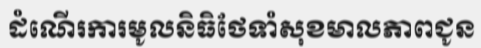
ដំណើរការមូលនិធិថែទាំសុខមាលភាពជូន